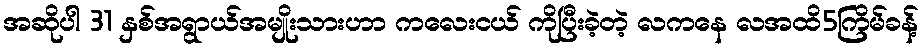
အဆိုပါ 31 နှစ်အရွာယ်အမျိုးသားဟာ ကလေးငယ် ကိုပြီးခဲ့တဲ့ လကနေ လအထိ5ကြိမ်ခန့်